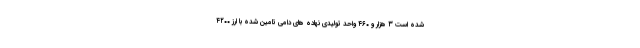
شده است ۳ هزار و ۴۶۰ واحد تولیدی نهاده های دامی تامین شده با ارز ۴۲۰۰